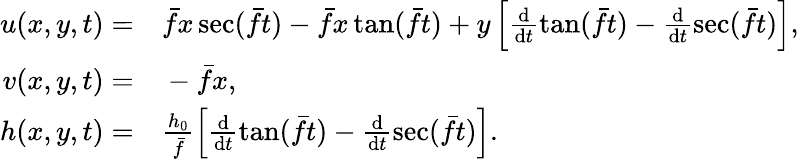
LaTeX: \begin{array}{rl}{u(x,y,t)=}&{{}\bar{f}x\sec(\bar{f}t)-\bar{f}x\tan(\bar{f}t)+y\left[\frac{\mathrm{d}}{\mathrm{d}t}\tan(\bar{f}t)-\frac{\mathrm{d}}{\mathrm{d}t}\sec(\bar{f}t)\right],}\\ {v(x,y,t)=}&{{}-\bar{f}x,}\\ {h(x,y,t)=}&{{}\frac{h_{0}}{\bar{f}}\left[\frac{\mathrm{d}}{\mathrm{d}t}\tan(\bar{f}t)-\frac{\mathrm{d}}{\mathrm{d}t}\sec(\bar{f}t)\right].}\end{array}